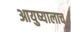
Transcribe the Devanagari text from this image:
आयुष्यालाच